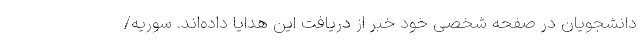
دانشجویان در صفحه شخصی خود خبر از دریافت این هدایا داده‌اند. سوریه/